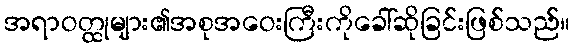
အရာဝတ္ထုများ၏အစုအဝေးကြီးကိုခေါ်ဆိုခြင်းဖြစ်သည်။